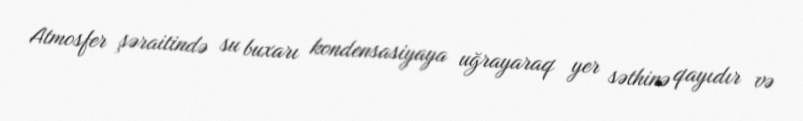
Atmosfer şəraitində su buxarı kondensasiyaya uğrayaraq yer səthinə qayıdır və